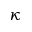
\kappa